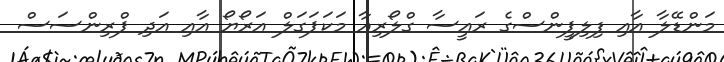
މަންޑޭލާ އާއި ފިލިޕީންސްގެ ރައީސާ ގްލޯރިއާ މަކަޕަގަލް އަރޯޔޯ އާއި އަދި ޕްރިންސަސް